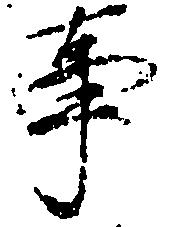
事